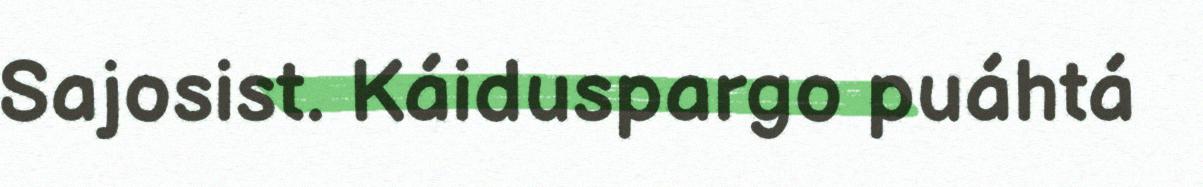
Sajosist. Káiduspargo puáhtá